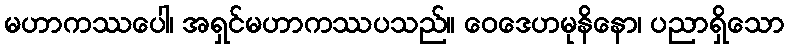
မဟာကဿပေါ၊ အရှင်မဟာကဿပသည်။ ဝေဒေဟမုနိနော၊ ပညာရှိသော